Annual administration report of the Civil Veterinary Department, Sind - 1941-1942
Year: 1941
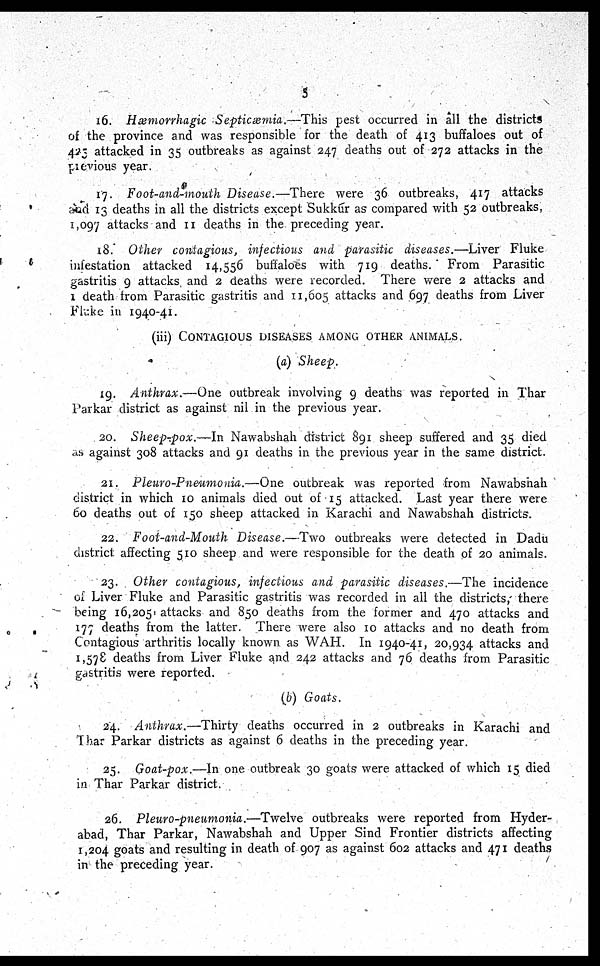
5
16. Hæmorrhagic Septiæmia.—This pest occurred in all the districts
of the province and was responsible for the death of 413 buffaloes out of
425 attacked in 35 outbreaks as against 247 deaths out of 272 attacks in the
provious year.
17. Foot-and-mouth Disease.—There were 36 outbreaks, 417 attacks
and 13 deaths in all the districts except Sukkur as compared with 52 outbreaks,
1,097 attacks and 11 deaths in the preceding year.
18. Other contagious, infectious and parasitic diseases.—Liver Fluke
infestation attacked 14,556 buffaloes with 719 deaths. From Parasitic
gastritis 9 attacks and 2 deaths were recorded. There were 2 attacks and
1 death from Parasitic gastritis and 11,605 attacks and 697 deaths from Liver
Fluke in 1940-41.
(iii) CONTAGIOUS DISEASES AMONG OTHER ANIMALS.
(a) Sheep.
19. Anthrax.—One outbreak involving 9 deaths was reported in Thar
Parkar district as against nil in the previous year.
20. Sheep-pox.—In Nawabshah district 891 sheep suffered and 35 died
as against 308 attacks and 91 deaths in the previous year in the same district.
21. Pleuro-Pneumonia.—One outbreak was reported from Nawabshah
district in which 10 animals died out of 15 attacked. Last year there were
60 deaths out of 150 sheep attacked in Karachi and Nawabshah districts.
22. Foot-and-Mouth Disease.—Two outbreaks were detected in Dadu
district affecting 510 sheep and were responsible for the death of 20 animals.
23. Other contagious, infectious and parasitic diseases.—The incidence
of Liver Fluke and Parasitic gastritis was recorded in all the districts, there
being 16,205, attacks and 850 deaths from the former and 470 attacks and
177 deaths from the latter. There were also 10 attacks and no death from
Contagious arthritis locally known as WAH. In 1940-41, 20,934 attacks and
1,578 deaths from Liver Fluke and 242 attacks and 76 deaths from Parasitic
gastritis were reported.
(b) Goats.
24. Anthrax.—Thirty deaths occurred in 2 outbreaks in Karachi and
That Parkar districts as against 6 deaths in the preceding year.
25. Goat-pox.—In one outbreak 30 goats were attacked of which 15 died
in Thar Parkar district.
26. Pleuro-pneumonia.—Twelve outbreaks were reported from Hyder-
abad, Thar Parkar, Nawabshah and Upper Sind Frontier districts affecting
1,204 goats and resulting in death of 907 as against 602 attacks and 471 deaths
in the preceding year.